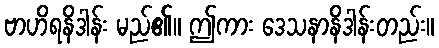
ဗာဟိရနိဒါန်း မည်၏။ ဤကား ဒေသနာနိဒါန်းတည်း။